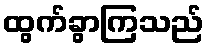
ထွက်ခွာကြသည်